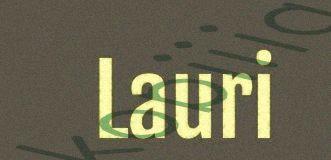
Lauri